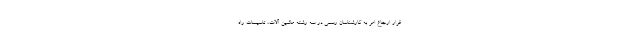
قرار ارجاع امر به کارشناسان رسمی در سه رشته ماشین آلات، تاسیسات راه